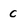
Character: C